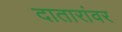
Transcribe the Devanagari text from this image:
दातारांवर